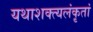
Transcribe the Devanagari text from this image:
यथाशक्त्यलंकृतां